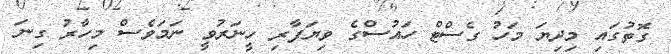
ގޮތުގައި މިދިޔަ މަހު ގެސްޓް ހައުސްގެ ވިޔަފާރި ހީނަރުވީ ނަމަވެސް މިހާރު ގިނަ